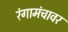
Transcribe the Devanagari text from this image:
रंगामंचावर